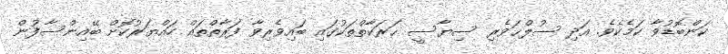
ކަންބޮޑުވާ ކަމެކެވެ. އަދި ސުލްޙަވެރި ސިޔާސީ ޙަރަކާތްތަކުގައި ބައިވެރިވާ ފަރާތްތައް ހައްޔަރުކޮށް ބޭއިންސާފުން